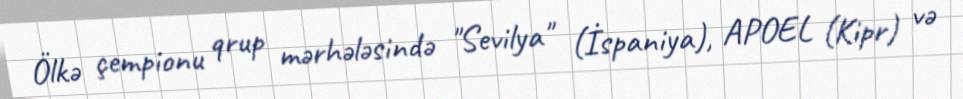
Ölkə çempionu qrup mərhələsində "Sevilya" (İspaniya), APOEL (Kipr) və